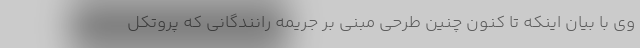
وی با بیان اینکه تا کنون چنین طرحی مبنی بر جریمه رانندگانی که پروتکل